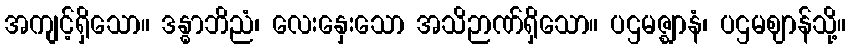
အကျင့်ရှိသော။ ဒန္ဓာဘိညံ၊ လေးနှေးသော အသိဉာဏ်ရှိသော။ ပဌမဇ္ဈာနံ၊ ပဌမဈာန်သို့။